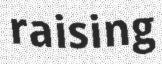
raising